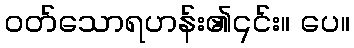
ဝတ်သောရဟန်း၏၎င်း။ ပေ။